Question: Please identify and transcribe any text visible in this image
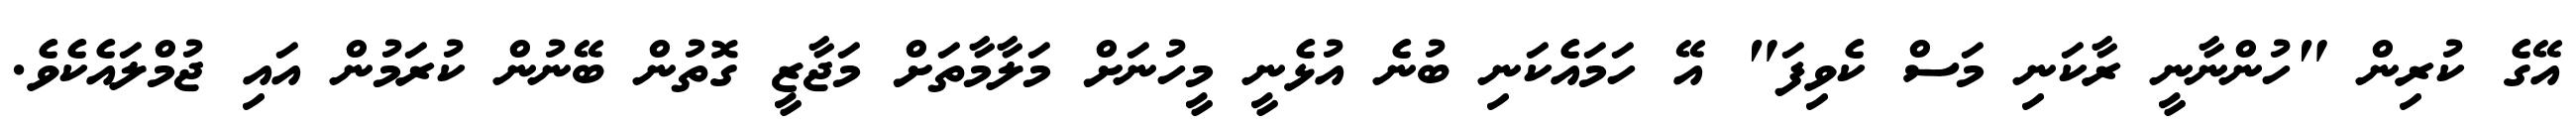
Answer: އޭގެ ކުރިން "ހުންނާނީ ރާކަނި މަސް ކެވިފަ" އޭ ހަމައެކަނި ބުނެ އުޅެނީ މީހުނަށް މަލާމާތަށް މަޖާޒީ ގޮތުން ބޭނުން ކުރަމުން އައި ޖުމްލައެކެވެ.